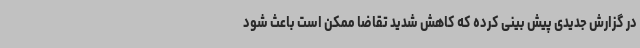
در گزارش جدیدی پیش بینی کرده که کاهش شدید تقاضا ممکن است باعث شود